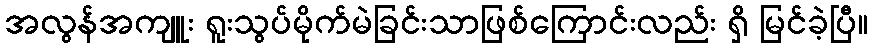
အလွန်အကျူး ရူးသွပ်မိုက်မဲခြင်းသာဖြစ်ကြောင်းလည်း ရှိ မြင်ခဲ့ပြီ။